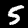
Label: 5